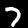
Label: 7